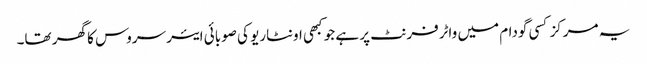
یہ مرکز کسی گودام میں واٹرفرنٹ پر ہے جو کبھی اونٹاریو کی صوبائی ایئر سروس کا گھر تھا۔